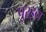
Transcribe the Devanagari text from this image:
पुरइन